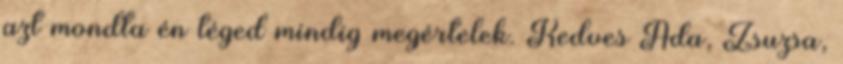
azt mondta én téged mindig megértelek. Kedves Ada, Zsuzsa,